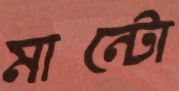
মান্টো